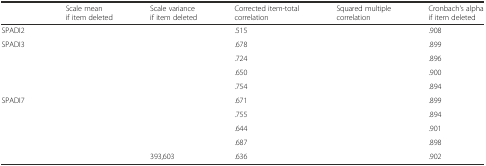
<table><thead><tr><td>[EMPTY_CELL]</td><td><b>Scale mean if item deleted</b></td><td><b>Scale variance if item deleted</b></td><td><b>Corrected item-total correlation</b></td><td><b>Squared multiple correlation</b></td><td><b>Cronbach's alpha if item deleted</b></td></tr></thead><tbody><tr><td>SPADI2</td><td>[EMPTY_CELL]</td><td>[EMPTY_CELL]</td><td>.515</td><td>[EMPTY_CELL]</td><td>.908</td></tr><tr><td>SPADI3</td><td>[EMPTY_CELL]</td><td>[EMPTY_CELL]</td><td>.678</td><td>[EMPTY_CELL]</td><td>.899</td></tr><tr><td>[EMPTY_CELL]</td><td>[EMPTY_CELL]</td><td>[EMPTY_CELL]</td><td>.724</td><td>[EMPTY_CELL]</td><td>.896</td></tr><tr><td>[EMPTY_CELL]</td><td>[EMPTY_CELL]</td><td>[EMPTY_CELL]</td><td>.650</td><td>[EMPTY_CELL]</td><td>.900</td></tr><tr><td>[EMPTY_CELL]</td><td>[EMPTY_CELL]</td><td>[EMPTY_CELL]</td><td>.754</td><td>[EMPTY_CELL]</td><td>.894</td></tr><tr><td>SPADI7</td><td>[EMPTY_CELL]</td><td>[EMPTY_CELL]</td><td>.671</td><td>[EMPTY_CELL]</td><td>.899</td></tr><tr><td>[EMPTY_CELL]</td><td>[EMPTY_CELL]</td><td>[EMPTY_CELL]</td><td>.755</td><td>[EMPTY_CELL]</td><td>.894</td></tr><tr><td>[EMPTY_CELL]</td><td>[EMPTY_CELL]</td><td>[EMPTY_CELL]</td><td>.644</td><td>[EMPTY_CELL]</td><td>.901</td></tr><tr><td>[EMPTY_CELL]</td><td>[EMPTY_CELL]</td><td>[EMPTY_CELL]</td><td>.687</td><td>[EMPTY_CELL]</td><td>.898</td></tr><tr><td>[EMPTY_CELL]</td><td>[EMPTY_CELL]</td><td>393,603</td><td>.636</td><td>[EMPTY_CELL]</td><td>.902</td></tr></tbody></table>